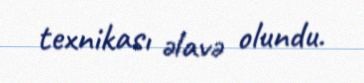
texnikası əlavə olundu.